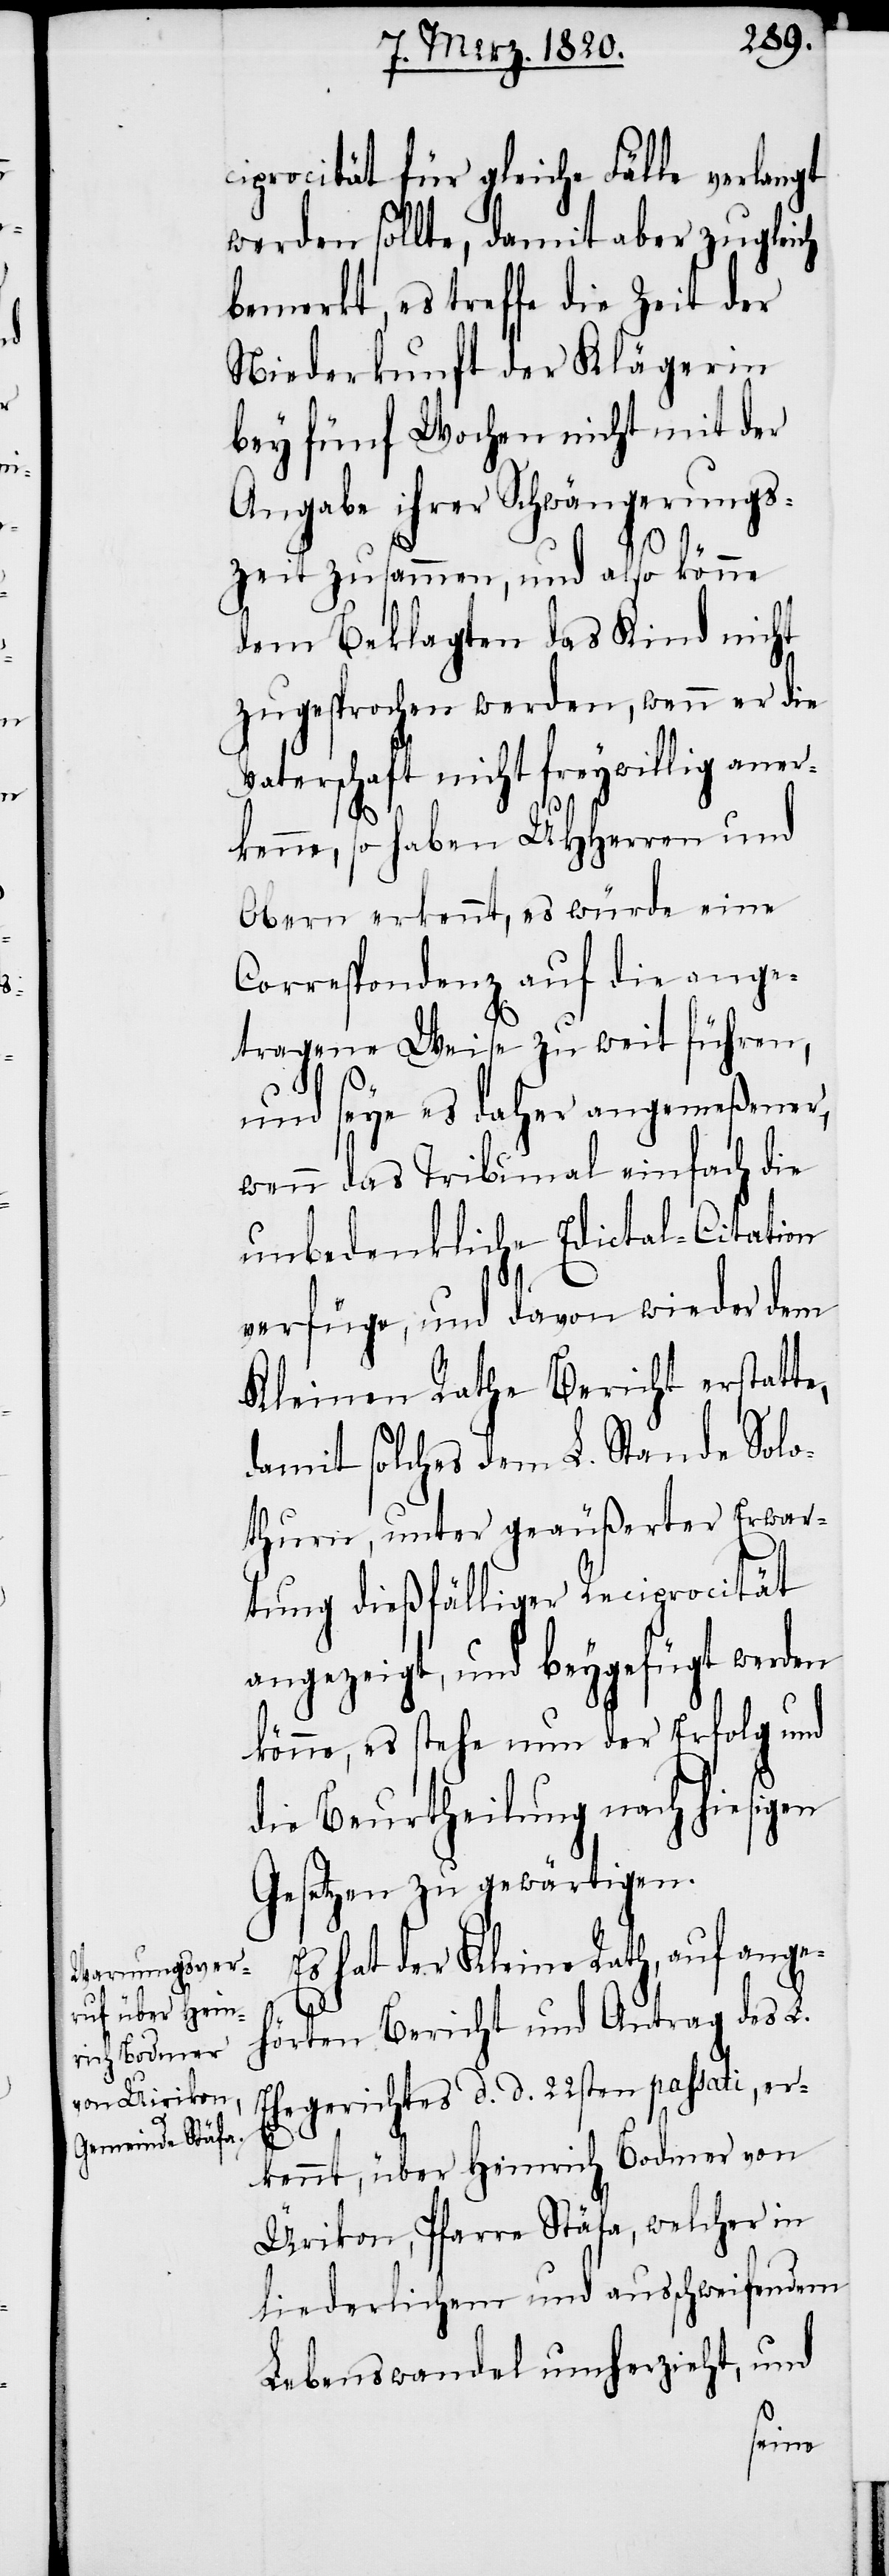
ciprocität für gleiche Fälle verlangt
werden sollte, damit aber zugleich
bemerkt, es treffe die Zeit der
Niederkunft der Klägerin
bey fünf Wochen nicht mit der
Angabe ihrer Schwängerungs¬
zeit zusammen, und also könne
dem Beklagten das Kind nicht
zugesprochen werden, wenn er die
aterschaft nicht freywillig an¬
e,
kenne, so haben UHHerren und
Obern erkennt, es würde eine
Correspondenz auf die ange¬
tragene Weise zu weit führen,
und seye es daher angemeßener,
wenn das Tribunal einfach die
unbedenkliche Edictal-Citation
verfüge, und davon wieder dem
Kleinen Rathe Bericht erstatt¬
damit solches dem L. Stande Solo¬
thurn, unter geäußerter Erwar¬
tung dießfälliger Reciprocität
angezeigt, und beygefügt werden
könne, es stehe nun der Erfolg und
die Beurtheilung nach hiesigen
Gesetzen zu gewärtigen.
Es hat der Kleine Rath, auf ange¬
hörten Bericht und Antrag des L.
Ehegerichtes d d 22sten passati, er¬
kennt, über Heinrich Bodmer von
Ürikon, Pfarre Stäfa, welcher in
liederlichem und ausschweifendem
Lebenswandel umherzieht, und